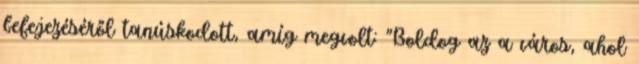
befejezéséről tanúskodott, amíg megvolt: "Boldog az a város, ahol